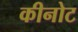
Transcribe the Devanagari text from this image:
कीनोट